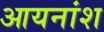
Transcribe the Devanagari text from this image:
आयनांश